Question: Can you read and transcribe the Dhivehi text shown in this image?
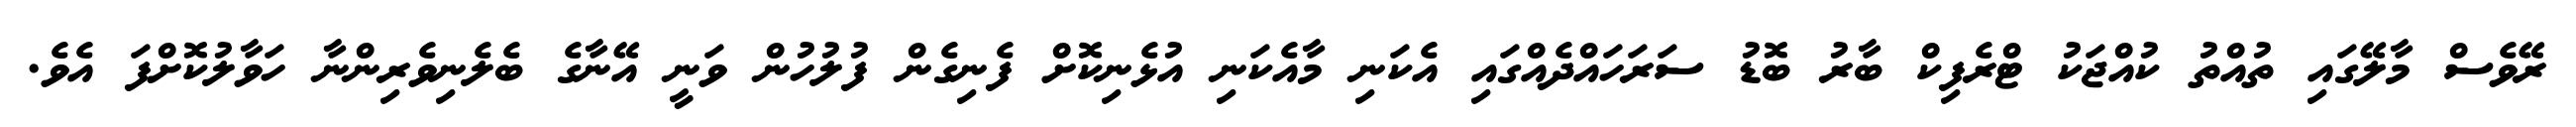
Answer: ރޭވެސް މާލޭގައި ތުއްތު ކުއްޖަކު ޓްރެފިކް ބާރު ބޮޑު ސަރަހައްދެއްގައި އެކަނި މާއެކަނި އުޅެނިކޮށް ފެނިގެން ފުލުހުން ވަނީ އޭނާގެ ބެލެނިވެރިންނާ ހަވާލުކޮށްފަ އެވެ.